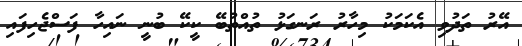
އޭރު ތަދުވި އެކަމަކު މިހާރު ރަނގަޅު ތުއްތުބޭ ކީކޭ ބުނީ ނައިހާ ފަސްޖެހިފައި